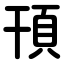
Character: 頇